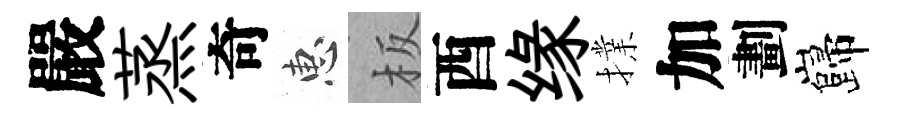
嚴蒸奇惠板酉缘擈加劃巋